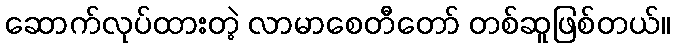
ဆောက်လုပ်ထားတဲ့ လာမာစေတီတော် တစ်ဆူဖြစ်တယ်။